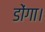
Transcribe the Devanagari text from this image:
डोंगा।